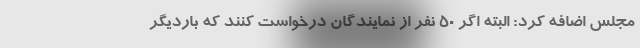
مجلس اضافه کرد: البته اگر ۵۰ نفر از نمایندگان درخواست کنند که باردیگر